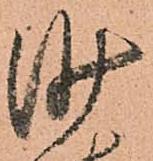
沙